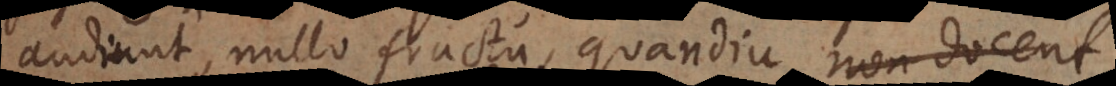
audiunt, nullo fructu, quandiu non docent,